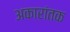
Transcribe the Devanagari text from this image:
अकारांतक